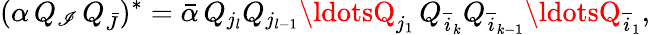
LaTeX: (\alpha\, Q_{\mathscr{I}}\, Q_{\bar{{J}}})^{*}={\bar{{\alpha}}}\, Q_{j_{l}}Q_{j_{l-1}}\ldotsQ_{j_{1}}\, Q_{{\overline{{{i}}}_{k}}}Q_{{\overline{{{i}}}_{k-1}}}\ldotsQ_{{\overline{{{i}}}_{1}}},